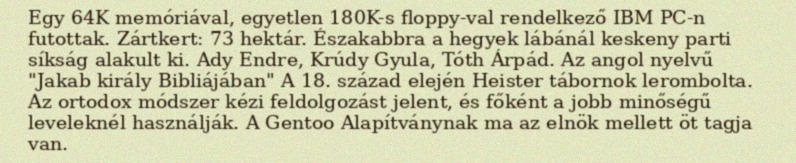
Egy 64K memóriával, egyetlen 180K-s floppy-val rendelkező IBM PC-n futottak. Zártkert: 73 hektár. Északabbra a hegyek lábánál keskeny parti síkság alakult ki. Ady Endre, Krúdy Gyula, Tóth Árpád. Az angol nyelvű "Jakab király Bibliájában" A 18. század elején Heister tábornok lerombolta. Az ortodox módszer kézi feldolgozást jelent, és főként a jobb minőségű leveleknél használják. A Gentoo Alapítványnak ma az elnök mellett öt tagja van.